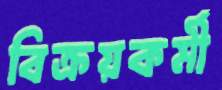
বিক্রয়কর্মী